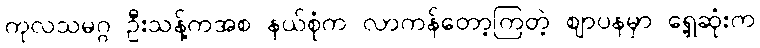
ကုလသမဂ္ဂ ဦးသန့်ကအစ နယ်စုံက လာကန်တော့ကြတဲ့ ဈာပနမှာ ရှေ့ဆုံးက